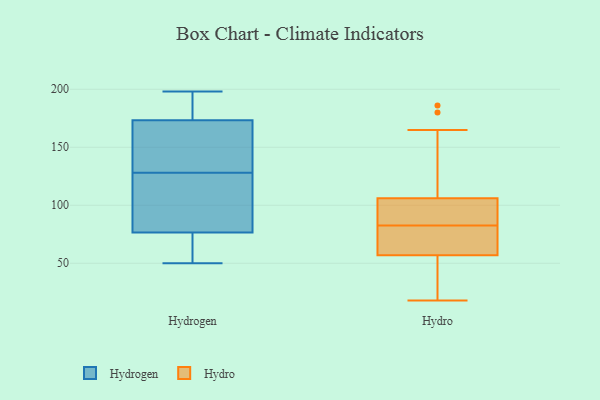
{"axis": {"x": "Market Share (%)", "y": "Value"}, "legend": ["Hydro", "Hydrogen"], "data": [{"x": "", "y": 138, "type": "Hydrogen"}, {"x": "", "y": 128, "type": "Hydrogen"}, {"x": "", "y": 69, "type": "Hydrogen"}, {"x": "", "y": 172, "type": "Hydrogen"}, {"x": "", "y": 83, "type": "Hydrogen"}, {"x": "", "y": 153, "type": "Hydrogen"}, {"x": "", "y": 178, "type": "Hydrogen"}, {"x": "", "y": 50, "type": "Hydrogen"}, {"x": "", "y": 198, "type": "Hydrogen"}, {"x": "", "y": 177, "type": "Hydrogen"}, {"x": "", "y": 66, "type": "Hydrogen"}, {"x": "", "y": 112, "type": "Hydrogen"}, {"x": "", "y": 79, "type": "Hydrogen"}, {"x": "", "y": 81, "type": "Hydro"}, {"x": "", "y": 65, "type": "Hydro"}, {"x": "", "y": 180, "type": "Hydro"}, {"x": "", "y": 91, "type": "Hydro"}, {"x": "", "y": 186, "type": "Hydro"}, {"x": "", "y": 34, "type": "Hydro"}, {"x": "", "y": 101, "type": "Hydro"}, {"x": "", "y": 78, "type": "Hydro"}, {"x": "", "y": 18, "type": "Hydro"}, {"x": "", "y": 84, "type": "Hydro"}, {"x": "", "y": 57, "type": "Hydro"}, {"x": "", "y": 84, "type": "Hydro"}, {"x": "", "y": 106, "type": "Hydro"}, {"x": "", "y": 42, "type": "Hydro"}, {"x": "", "y": 160, "type": "Hydro"}, {"x": "", "y": 80, "type": "Hydro"}, {"x": "", "y": 30, "type": "Hydro"}, {"x": "", "y": 165, "type": "Hydro"}]}